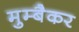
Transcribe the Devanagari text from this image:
मुम्बैकर